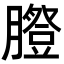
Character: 𦡪